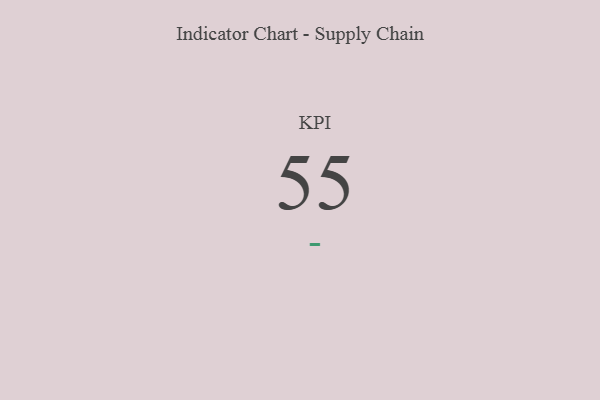
{"axis": {"x": "KPI", "y": "Value"}, "legend": [""], "data": [{"x": "KPI", "y": 55, "type": ""}]}